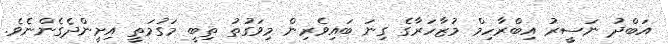
އަބްދު ނަސީރު އިބްރާހިމް މުޒާހަރާގެ ގިނަ ބައިވެރިން މިވަގުތު ތިބީ މަގުމަތީ އިށީންދެގެންނެވެ.